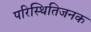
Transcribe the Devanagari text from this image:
परिस्थितिजनक